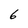
Character: 6